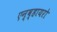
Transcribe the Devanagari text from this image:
एन्व्हायरो